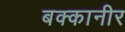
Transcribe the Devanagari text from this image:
बक्कानीर